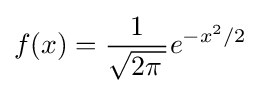
f(x)={\frac {1}{\sqrt {2\pi \,}}}e^{-x^{2}/2}